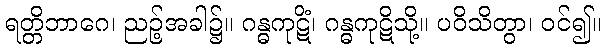
ရတ္တိဘာဂေ၊ ညဉ့်အခါ၌။ ဂန္ဓကုဋိံ၊ ဂန္ဓကုဋိသို့။ ပဝိသိတွာ၊ ဝင်၍။